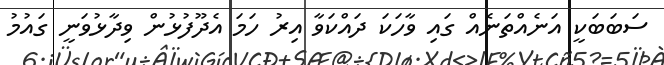
ސަބަބަކީ އަނެއްތަނެއް ގައި ވާހަކަ ދައްކަވާ އިރު ހަމަ އެދޫފުޅުން ވިދާޅުވަނީ ގައުމު